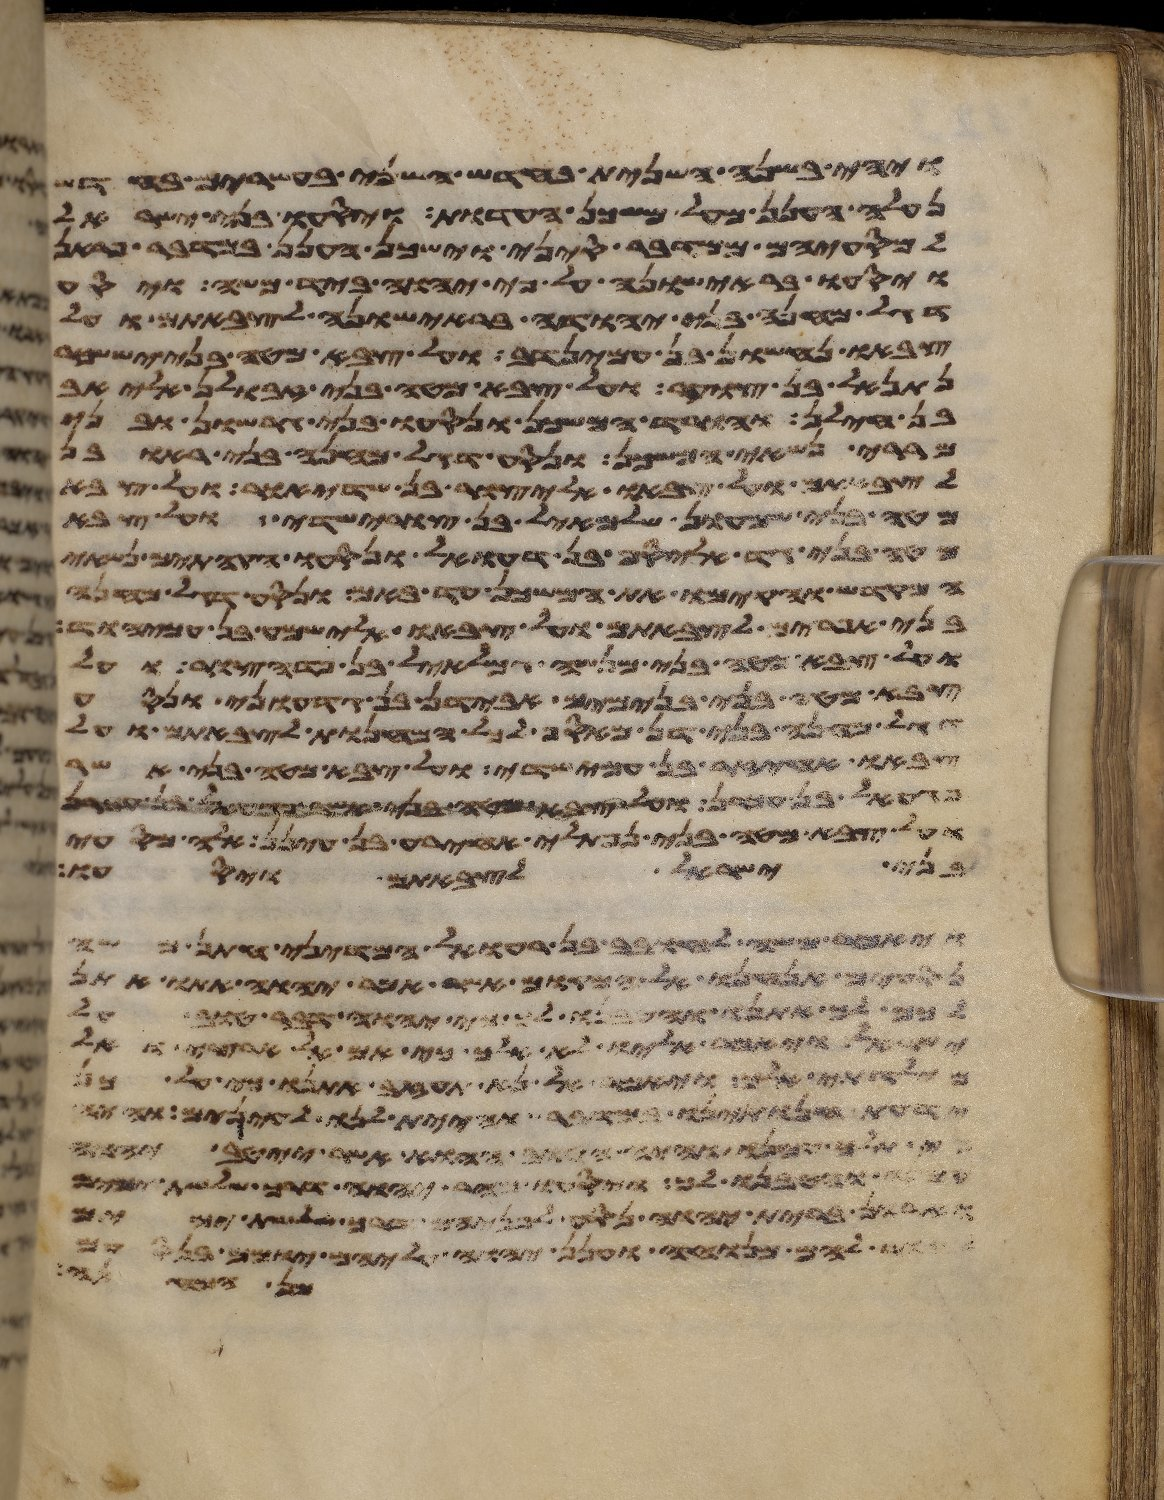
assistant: ויהי בשנה השנית בחדש השני בעשרים בחדש
נעלה הענן מעל משכן העדות ויסעו בני ישראל
למסעיהם ממדבר סיני וישכן הענן במדבר פראן
ויסעו בראישונה על פי יהוה ביד משה ויסע
דגל מחנה בני יהודה בראישונה לצבאתם ועל
צבאו נחשון בן עמינדב ועל צבא מטה בני יששכר
נתנאל בן צוער ועל צבא מטה בני זבולן אליאב
בן חילן והורד המשכן ונסעו בני גרשון ובני
מררי נשאי המשכן ונסע דגל מחנה בני ראובן
לצבאתם ועל צבאו אליצור בן שדיאור ועל צבא
מטה בני שמעון שלמיאל בן צורישדי ועל צבא
מטה בני גד אליסף בן דעואל ונסעו הקהתים נשאי
המקדש והקימו את המשכן עד באם ונסע דגל מחנה
בני אפרים לצבאתם ועל צבאו אלישמע בן עמיהוד
ועל צבא מטה בני מנשה גמלאל בן פדהצור ועל
צבא מטה בני בנימים אבידן בן גדעוני ונסע
דגל מחנה בני דן מאסף לכל המחנות לצבאתם ועל
צבאו אחיעזר בן עמישדי ועל צבא מטה בני אשר
פגעאל בן עכרן ועל צבא מטה בני נפתלי
ועל צבא מטה בני נפתלי אחירע בן עינן אלה מסעי
בני ישראל לצבאתם ויסעו
ויאמר משה לחובב בן רעואל המדיני חתן משה
נסעים אנחנו אל המקום אשר אמר יהוה אתו אתן
לכם לך אתנו והטיבנו לך כי יהוה דבר טוב על
ישראל ויאמר אליו לא אלך כי אם אל ארצי ואל
מולדתי אלך ויאמר אל נא תעזב אתנו כי על
ידעת חנתינו במדבר והיית לנו לעינים והיה
כי תלך עמנו והיה הטוב ההוא אשר ייטב יהוה
והטיבנו לך ויסעו מהר יהוה דרך שלשת ימים
וארון ברית יהוה נסע לפניהם דרך שלשת ימים
להם מנוחה וענן יהוה עליהם יומם בנסעם
שמן ולא